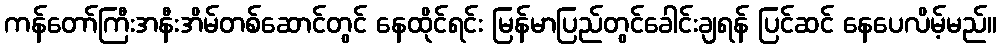
ကန်တော်ကြီးအနီးအိမ်တစ်ဆောင်တွင် နေထိုင်ရင်း မြန်မာပြည်တွင်ခေါင်းချရန် ပြင်ဆင် နေပေလိမ့်မည်။